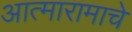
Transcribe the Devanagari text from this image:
आत्मारामाचे